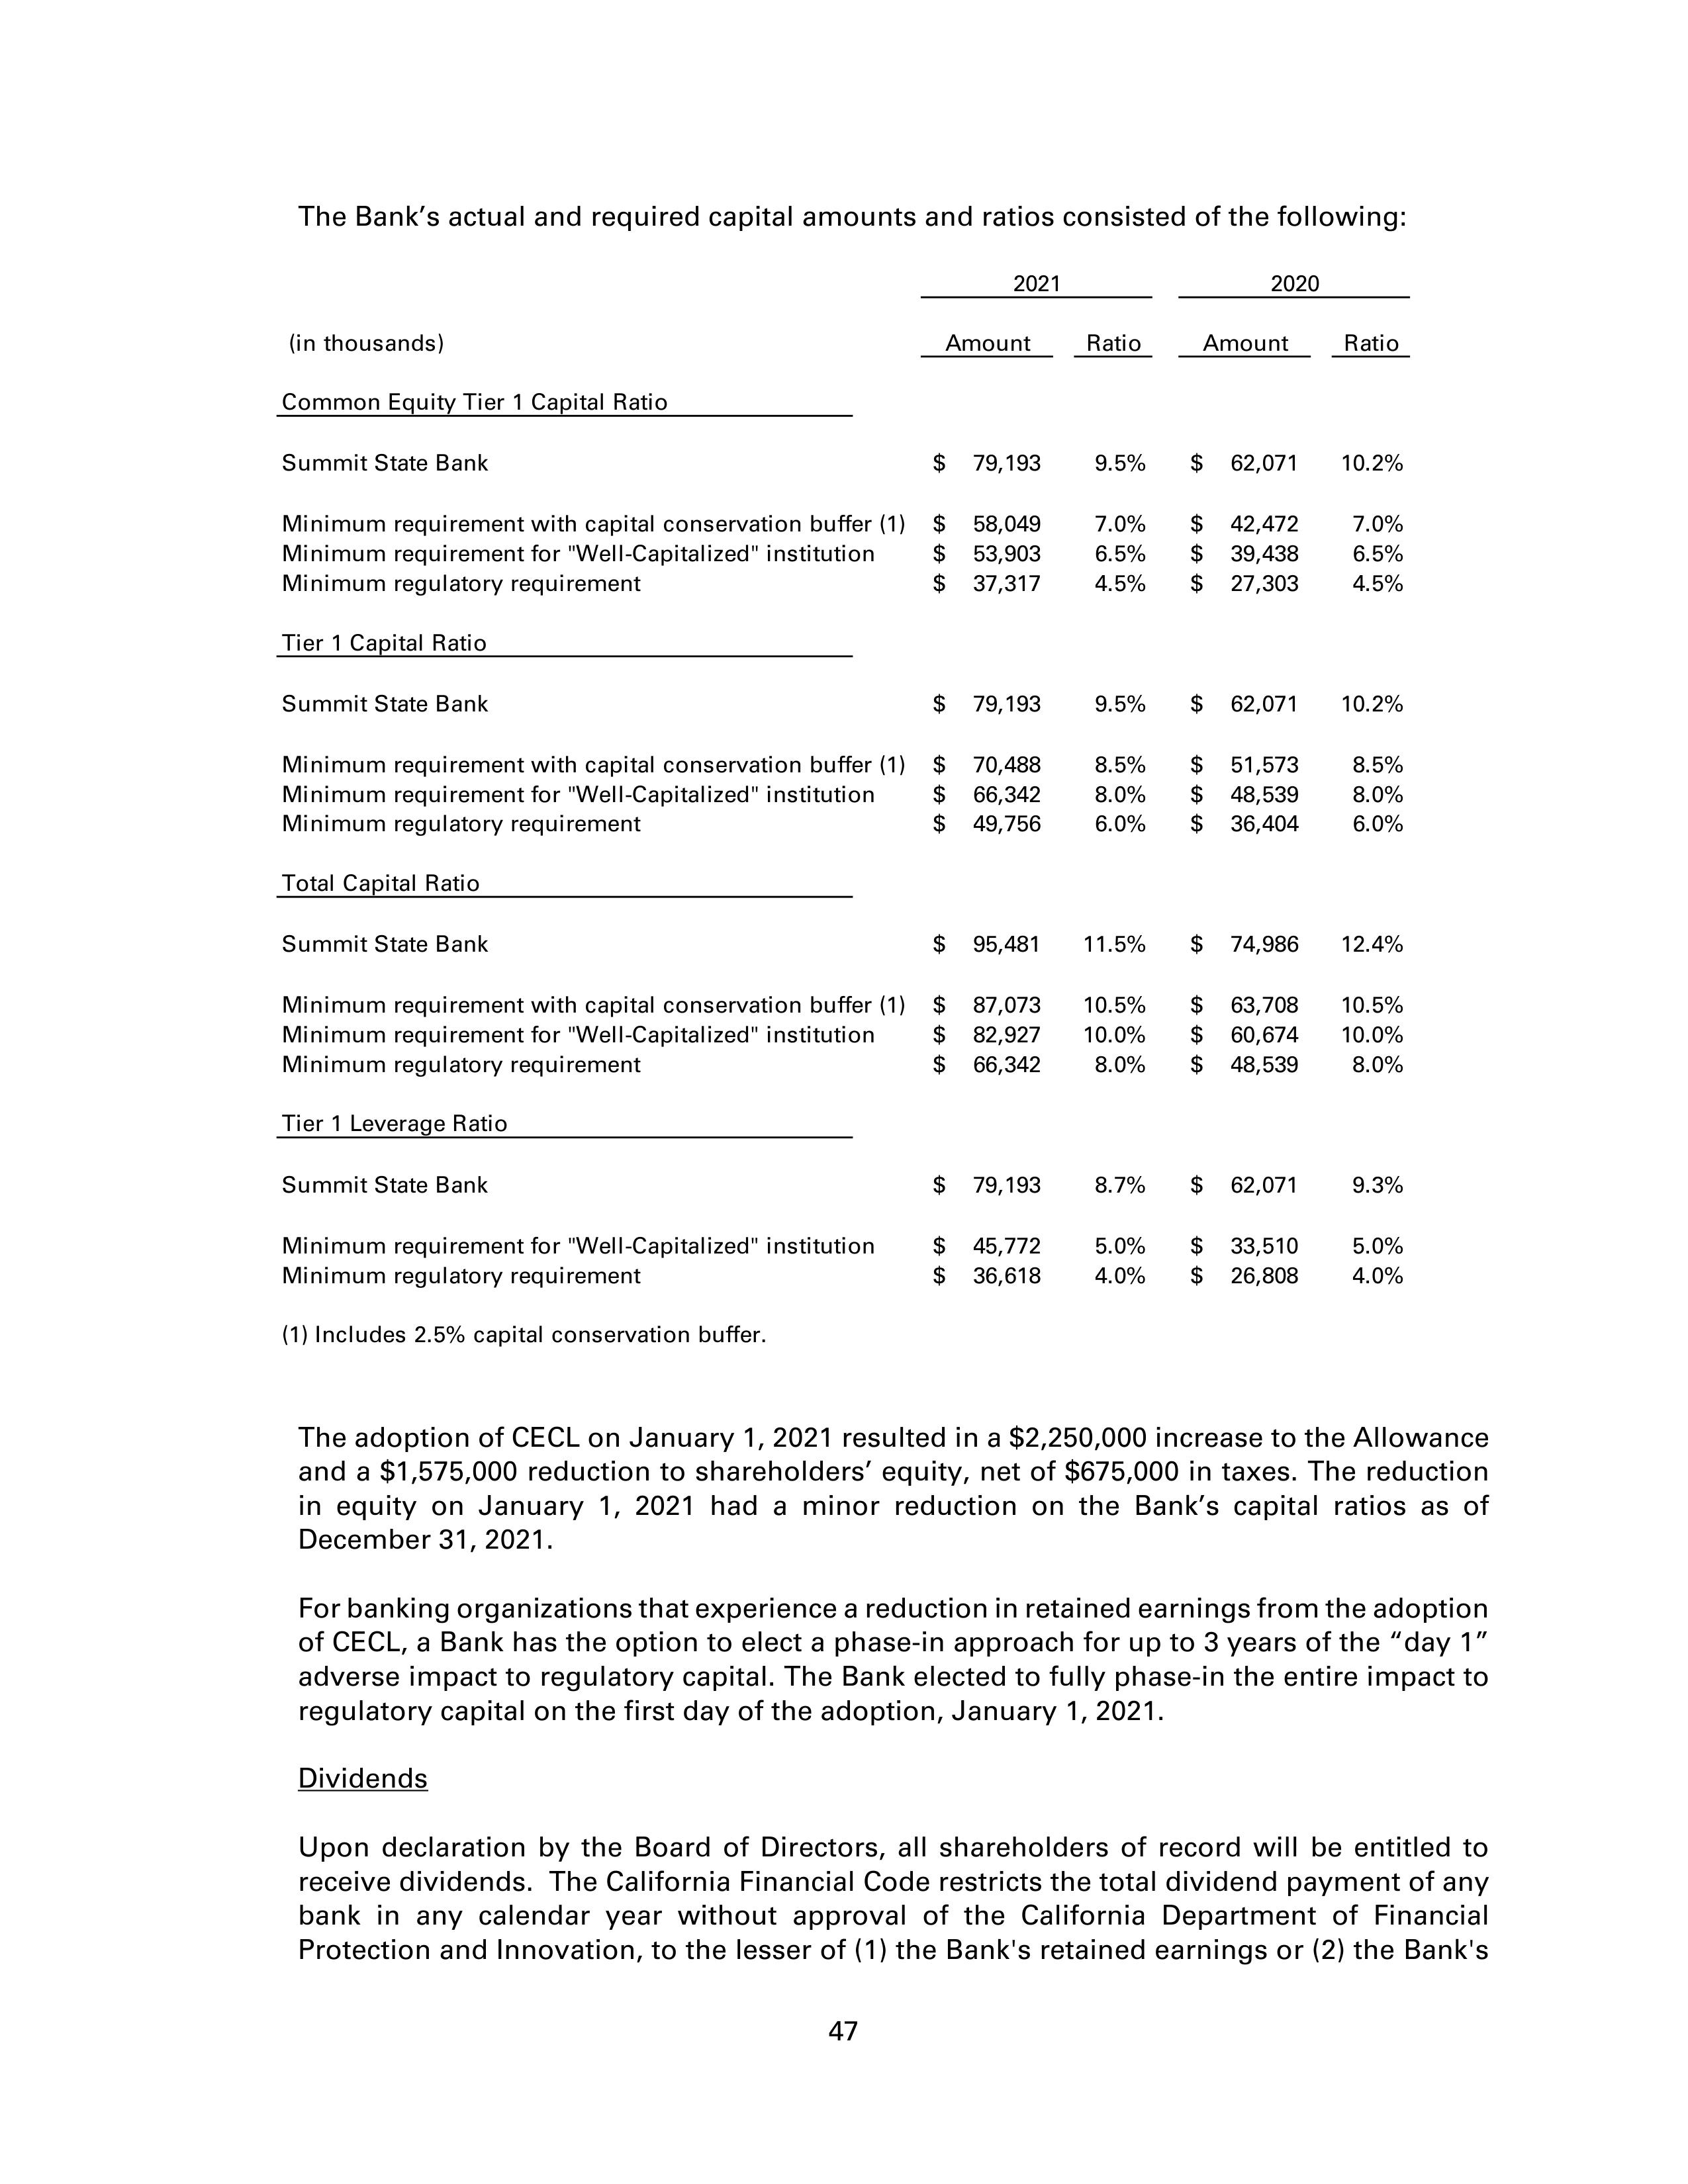
The Bank's actual and required capital amounts and ratios consisted of the following:

                                                                           2021                              2020
(in thousands)                                                    Amount         Ratio          Amount         Ratio

Common Equity Tier 1 Capital Ratio

Summit State Bank                                           $     79,193        9.5%      $   62,071       10.2%

Minimum requirement with capital conservation buffer (1)    $     58,049        7.0%      $   42,472        7.0%
Minimum requirement for "Well-Capitalized" institution      $     53,903        6.5%      $   39,438        6.5%
Minimum regulatory requirement                              $     37,317        4.5%      $   27,303        4.5%

Tier 1 Capital Ratio

Summit State Bank                                           $     79,193        9.5%      $   62,071       10.2%

Minimum requirement with capital conservation buffer (1)    $     70,488        8.5%      $   51,573        8.5%
Minimum requirement for "Well-Capitalized" institution      $     66,342        8.0%      $   48,539        8.0%
Minimum regulatory requirement                              $     49,756        6.0%      $   36,404        6.0%

Total Capital Ratio

Summit State Bank                                           $     95,481       11.5%      $   74,986       12.4%

Minimum requirement with capital conservation buffer (1)    $     87,073       10.5%      $   63,708       10.5%
Minimum requirement for "Well-Capitalized" institution      $     82,927       10.0%      $   60,674       10.0%
Minimum regulatory requirement                              $     66,342        8.0%      $   48,539        8.0%

Tier 1 Leverage Ratio

Summit State Bank                                           $     79,193        8.7%      $   62,071        9.3%

Minimum requirement for "Well-Capitalized" institution      $     45,772        5.0%      $   33,510        5.0%
Minimum regulatory requirement                              $     36,618        4.0%      $   26,808        4.0%

(1) Includes 2.5% capital conservation buffer.

The adoption of CECL on January 1, 2021 resulted in a $2,250,000 increase to the Allowance
and a $1,575,000 reduction to shareholders' equity, net of $675,000 in taxes. The reduction
in equity on January 1, 2021 had a minor reduction on the Bank's capital ratios as of
December 31, 2021.

For banking organizations that experience a reduction in retained earnings from the adoption
of CECL, a Bank has the option to elect a phase-in approach for up to 3 years of the "day 1"
adverse impact to regulatory capital. The Bank elected to fully phase-in the entire impact to
regulatory capital on the first day of the adoption, January 1, 2021.

Dividends

Upon declaration by the Board of Directors, all shareholders of record will be entitled to
receive dividends. The California Financial Code restricts the total dividend payment of any
bank in any calendar year without approval of the California Department of Financial
Protection and Innovation, to the lesser of (1) the Bank's retained earnings or (2) the Bank's

47